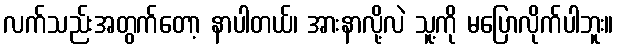
လက်သည်းအတွက်တော့ နာပါတယ်၊ အားနာလို့လဲ သူ့ကို မပြောလိုက်ပါဘူး။